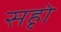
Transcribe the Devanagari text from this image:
सहृो